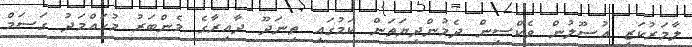
ލާމަރުކަޒީ އުސޫލުން ވެކްސިން ދެމުންދިޔަތަން ކަމުގައި ތިނަދޫ ދާއިރާގެ މެންބަރު މުހައްމަދު ގަސަމް